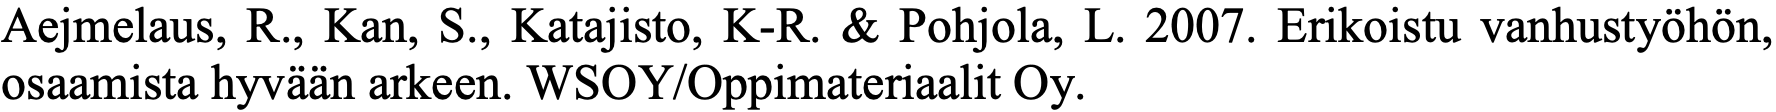
Aejmelaus, R., Kan, S., Katajisto, K-R. & Pohjola, L. 2007. Erikoistu vanhustyöhön, osaamista hyvään arkeen. WSOY/Oppimateriaalit Oy.